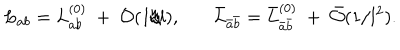
L _ { a b } = L _ { a b } ^ { ( 0 ) } ~ + ~ { \cal O } ( 1 / l ) , ~ \bar { L } _ { \bar { a } \bar { b } } = \bar { L } _ { \bar { a } \bar { b } } ^ { ( 0 ) } ~ + ~ \bar { \cal O } ( 1 / l ^ { 2 } ) .